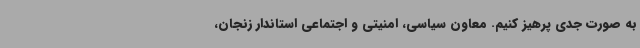
به صورت جدی پرهیز کنیم. معاون سیاسی، امنیتی و اجتماعی استاندار زنجان،